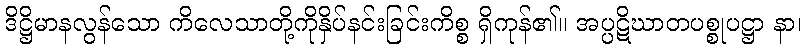
ဒိဋ္ဌိမာနလွန်သော ကိလေသာတို့ကိုနှိပ်နင်းခြင်းကိစ္စ ရှိကုန်၏။ အပ္ပဋိဃာတပစ္စုပဋ္ဌာ နာ၊